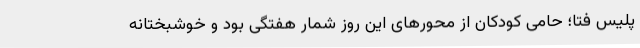
پلیس فتا؛ حامی کودکان از محورهای این روز شمار هفتگی بود و خوشبختانه